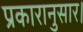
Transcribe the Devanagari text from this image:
प्रकारानुसार।